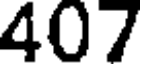
407